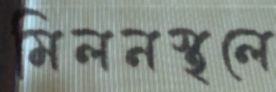
মিলনস্থলে